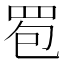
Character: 䍖